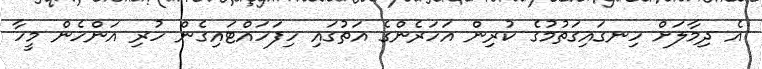
އެ ދިމާލަށް ހިނގައިގަތުމުގެ ކުރިން އަހަރެންގެ އަތުގައި ހިފަހައްޓައިގެން ހުރި އަންހެން މީހާ